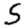
Digit: 5